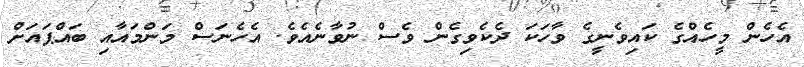
އެހެން މީހެއްގެ ކައިވެނީގެ ވާހަކަ ދެކެވިގެން ވެސް ނުވާނެއެވެ. އެހެނަސް މަންމައާއި ބައްޕައަށް